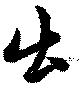
出